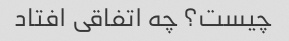
چیست؟ چه اتفاقی افتاد